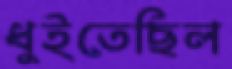
ধুইতেছিল